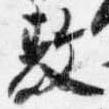
敷